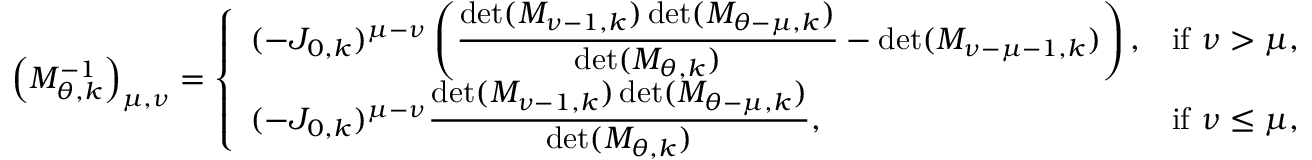
\left( M _ { \theta , k } ^ { - 1 } \right) _ { \mu , \nu } = \left\{ \begin{array} { l l } { \displaystyle ( - J _ { 0 , k } ) ^ { \mu - \nu } \left( \frac { \operatorname* { d e t } ( M _ { \nu - 1 , k } ) \operatorname* { d e t } ( M _ { \theta - \mu , k } ) } { \operatorname* { d e t } ( M _ { \theta , k } ) } - \operatorname* { d e t } ( M _ { \nu - \mu - 1 , k } ) \right) , } & { \mathrm { i f } \ \nu > \mu , } \\ { \displaystyle ( - J _ { 0 , k } ) ^ { \mu - \nu } \frac { \operatorname* { d e t } ( M _ { \nu - 1 , k } ) \operatorname* { d e t } ( M _ { \theta - \mu , k } ) } { \operatorname* { d e t } ( M _ { \theta , k } ) } , } & { \mathrm { i f } \ \nu \leq \mu , } \end{array} \right.